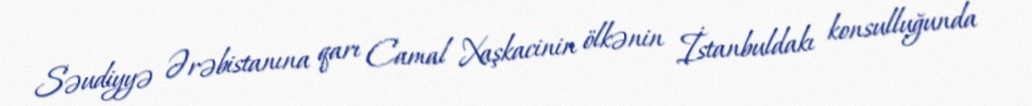
Səudiyyə Ərəbistanına qarı Camal Xaşkacinin ölkənin İstanbuldakı konsulluğunda